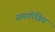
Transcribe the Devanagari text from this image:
समगोत्रिय